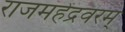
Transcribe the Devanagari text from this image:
राजमहेंद्रवरम्